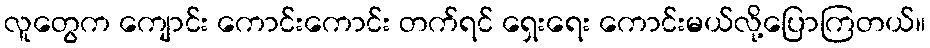
လူတွေက ကျောင်း ကောင်းကောင်း တက်ရင် ရှေးရေး ကောင်းမယ်လို့ပြောကြတယ်။